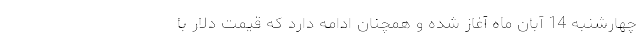
چهارشنبه 14 آبان ماه آغاز شده و همچنان ادامه دارد که قیمت دلار با